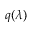
q ( \lambda )